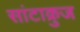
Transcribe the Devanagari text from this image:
सांटाक्रुज